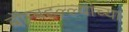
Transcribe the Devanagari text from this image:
बॉम्बहल्ल्यांच्या